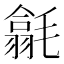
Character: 𣰅